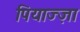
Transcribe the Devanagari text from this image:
पियाज्ज़ा